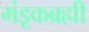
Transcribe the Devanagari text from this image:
मंडूकब्रह्मी